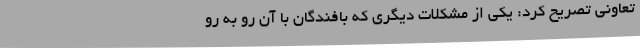
تعاونی تصریح کرد: یکی از مشکلات دیگری که بافندگان با آن رو به‌ رو